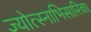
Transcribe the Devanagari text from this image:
ज्योत्स्नाभिसारिका